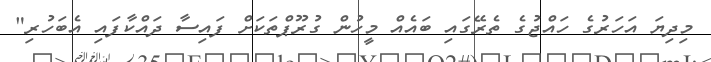
މިދިޔަ އަހަރުގެ ހައްޖުގެ ތެރޭގައި ބައެއް މީހުން ގުރޫޕްތަކަށް ފައިސާ ދައްކާފައި އެބަހުރި"